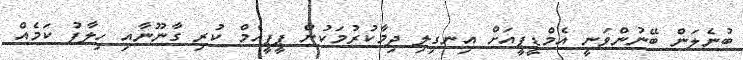
ބުނެލަން ބޭނުންވަނީ އެމްޑީޕީއަށް އިނގިލި ދިމާކުރުމަކުން ޕީޕީއެމް ކުރި ގާނޫނާއި ހިލާފު ކަމެއް